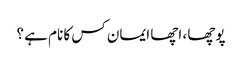
پوچھا ، اچھا ایمان کس کا نام ہے ؟